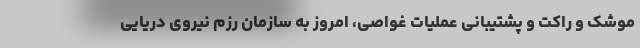
موشک و راکت و پشتیبانی عملیات غواصی، امروز به سازمان رزم نیروی دریایی